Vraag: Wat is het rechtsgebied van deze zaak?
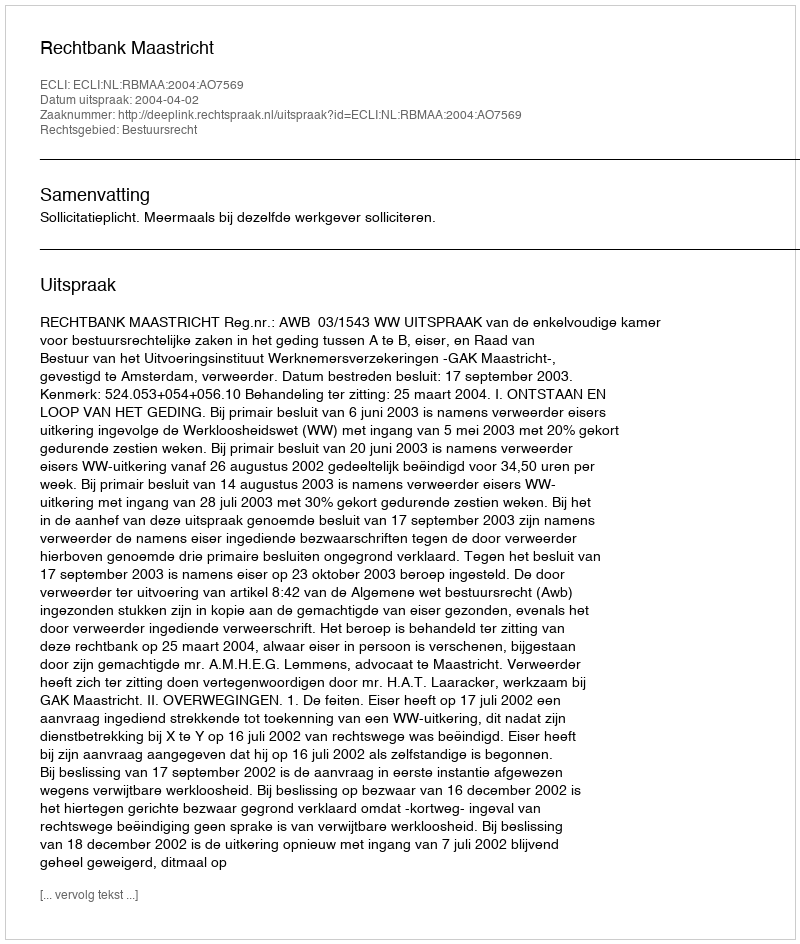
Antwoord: Bestuursrecht